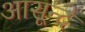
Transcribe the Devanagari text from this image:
आसून्दे